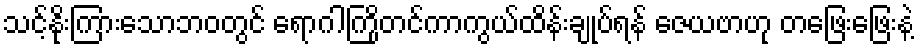
သင့်နိုးကြားသောဘဝတွင် ရောဂါကြိုတင်ကာကွယ်ထိန်းချုပ်ရန် ဇေယဗာဟု တဖြေးဖြေးနဲ့